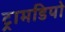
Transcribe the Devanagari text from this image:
ट्रामडिपो